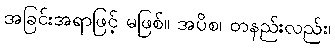
အခြင်းအရာဖြင့် မဖြစ်။ အပိစ၊ တနည်းလည်း၊